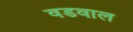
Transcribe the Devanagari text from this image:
वडवाल